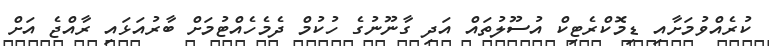
ކުރެއްވުމަށާއި ޑިމޮޮކްރެޓިކް އުސޫލުތައް އަދި ގާނޫނުގެ ހުކުމް ދެމެހެއްޓުމަށް ބާރުއަޅައި ރާއްޖެ އަށް